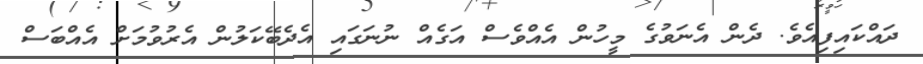
ދައްކައިފިއެވެ. ދެން އެނަވުގެ މީހުން އެއްވެސް އަގެއް ނުނަގައި އެދެބޭކަލުން އެރުވުމަށް އެއްބަސް